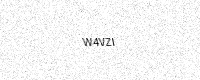
Text: W4VZI